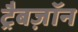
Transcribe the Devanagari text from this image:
ट्रैबज़ॉन